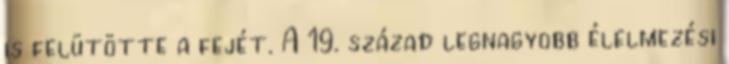
is felütötte a fejét. A 19. század legnagyobb élelmezési